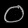
Digit: ၀